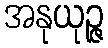
အနုယုဉ္ဇ